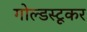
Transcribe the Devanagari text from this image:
गोल्डस्टूकर